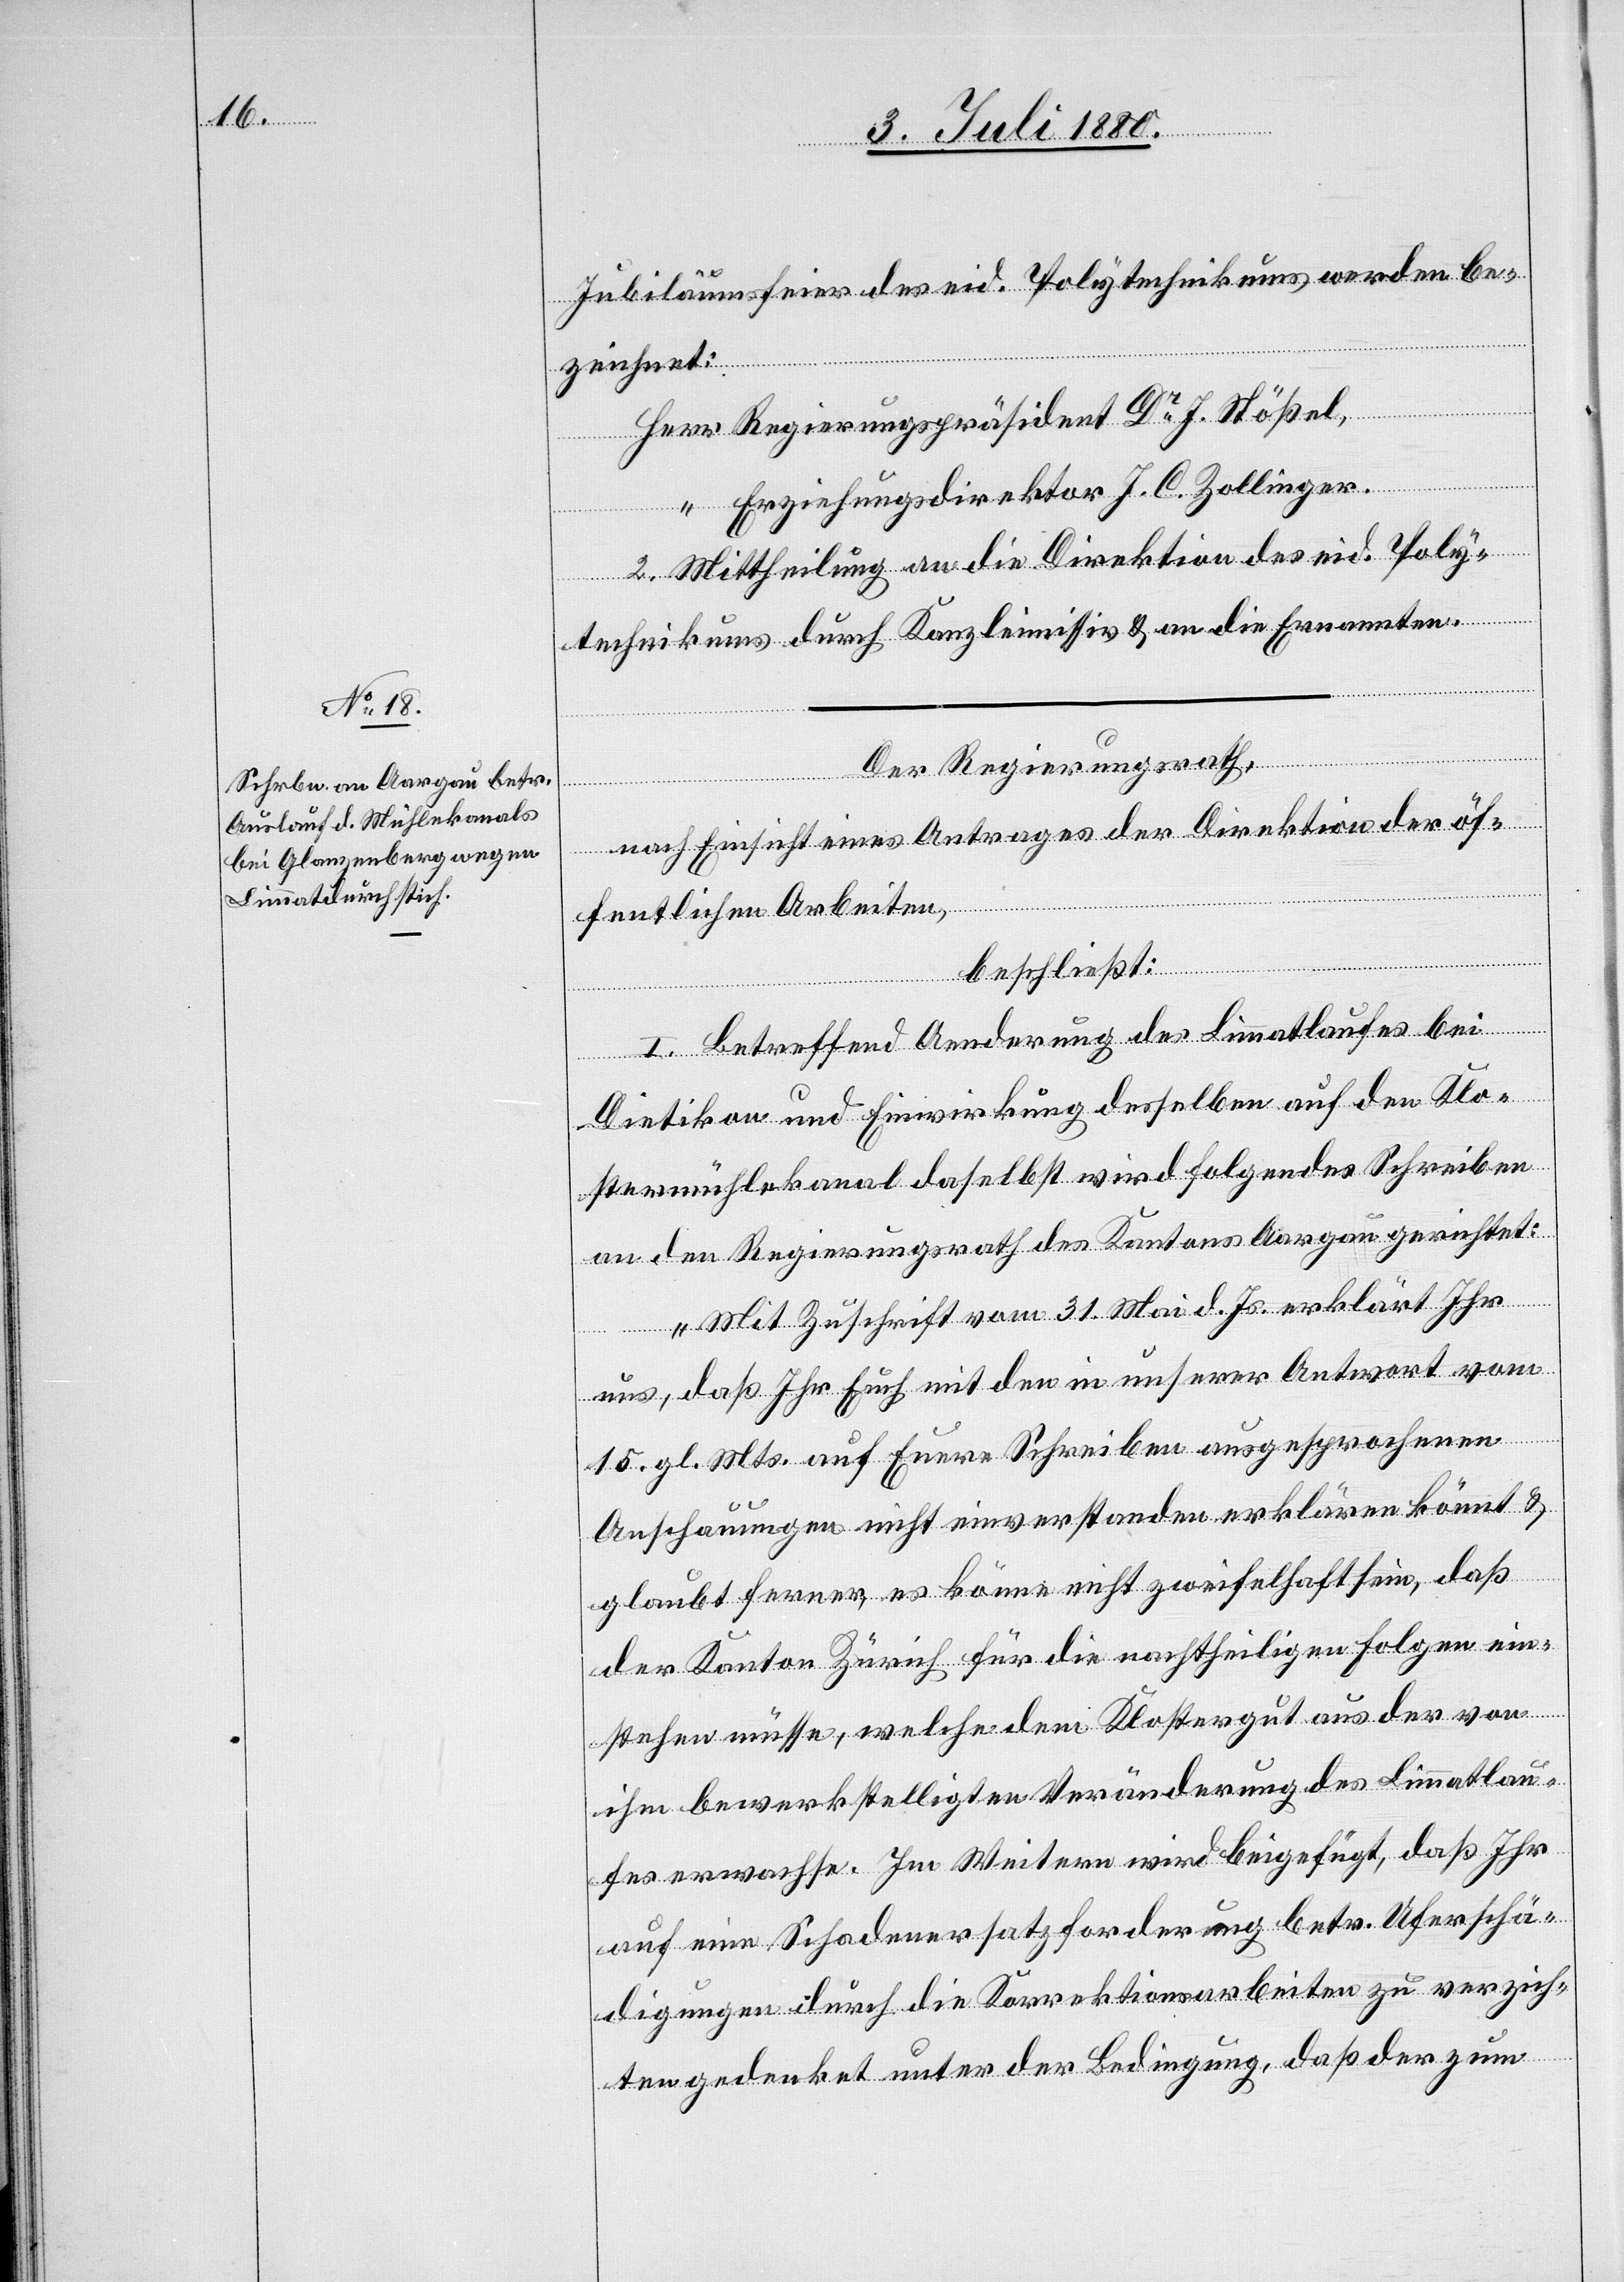
Jubiläumsfeier des eid. Polytechnikums werden be¬
zeichnet:
Herr Regierungspräsident Dr J. Stößel,
“ Erziehungsdirektor J. C. Zollinger.
2. Mittheilung an die Direktion des eid. Poly¬
technikums durch Kanzleimissiv & an die Ernannten.
Der Regierungsrath,
nach Einsicht eines Antrages der Direktion der öf¬
fentlichen Arbeiten,
beschließt:
I. Betreffend Aenderung des Limmatlaufes bei
Dietikon und Einwirkung desselben auf den Klo¬
stermühlekanal daselbst wird folgendes Schreiben
an den Regierungsrath des Kantons Aargau gerichtet:
„Mit Zuschrift vom 31. Mai d. Js. erklärt Ihr
uns, daß Ihr Euch mit den in unserer Antwort vom
15. gl. Mts. auf Euere Schreiben ausgesprochenen
Anschauungen nicht einverstanden erklären könnt &
glaubt ferner, es könne nicht zweifelhaft sein, daß
der Kanton Zürich für die nachtheiligen Folgen ein¬
stehen müsse, welche dem Klostergut aus der von
ihm bewerkstelligten Veränderung des Limmatlau¬
fes erwachse. Im Weitern wird beigefügt, daß Ihr
auf eine Schadenersatzforderung betr. Uferschä¬
digungen durch die Korrektionsarbeiten zu verzich¬
ten gedenkt unter der Bedingung, daß der zum